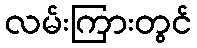
လမ်းကြားတွင်